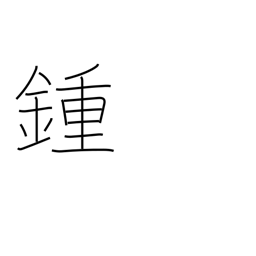
Meaning: spindle